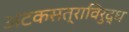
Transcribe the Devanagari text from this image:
अटकसत्राविरुद्ध